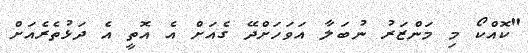
"ކޮއްކޯ މި މަންޒަރު ނުބަލާ އަވަހަށްދޭ ގެއަށް އެ އޮތީ އެ ދަޅުތެރެއަށް